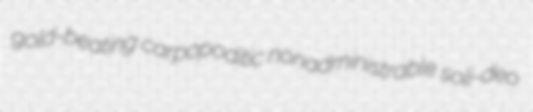
gold-beating carpopoditic nonadministrable soli-deo